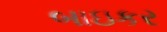
બાઇકર